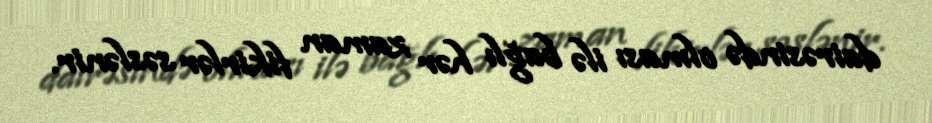
dairəsində olması ilə bağlı hər zaman fikirlər səslənir.